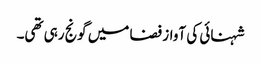
شہنائی کی آواز فضا میں گونج رہی تھی۔